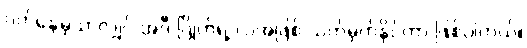
ပတ်နေမှသာလျှင် အဲဒီ ဂြိုဟ်ရဲ့ လအဖြစ် သတ်မှတ်နိုင်တာ ဖြစ်ပါတယ်။